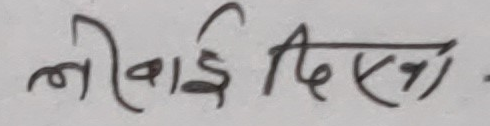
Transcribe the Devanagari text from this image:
लीवाइ दिएका